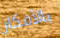
بالأفكار